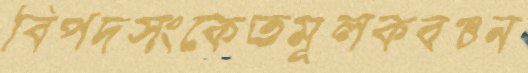
বিপদসংকেতমূলকবঞ্চন